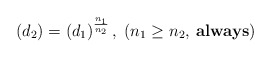
\begin{align*}\left(d_2 \right)= \left(d_1\right) ^{\frac{n_1}{n_2}},\;(n_1\geq n_2,\:\mathrm{\textbf{always}})\end{align*}